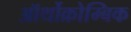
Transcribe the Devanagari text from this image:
ऑर्थोक्रोम्बिक